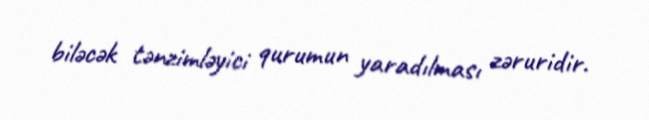
biləcək tənzimləyici qurumun yaradılması zəruridir.